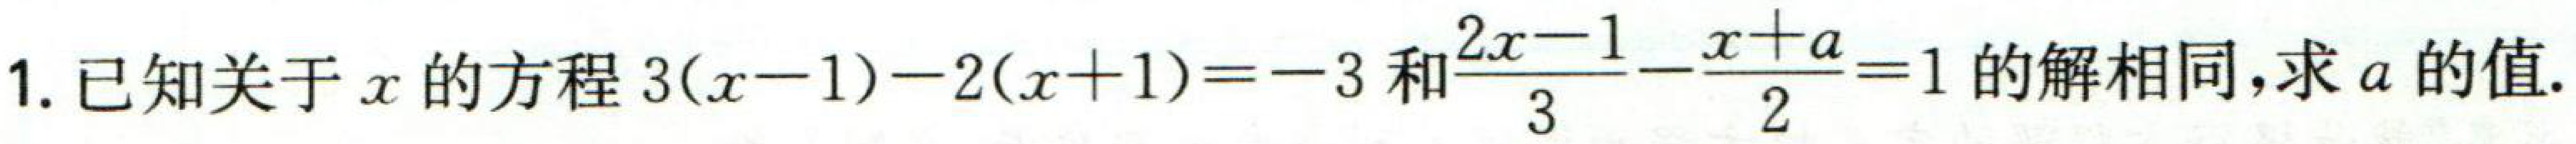
1. 已知关于\(x\)的方程\(3(x - 1)-2(x + 1)=-3\)和\(\frac{2x - 1}{3}-\frac{x + a}{2}=1\)的解相同,求\(a\)的值.